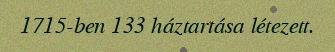
1715-ben 133 háztartása létezett.